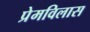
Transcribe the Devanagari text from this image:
प्रेमविलास